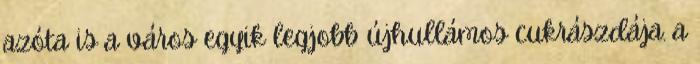
azóta is a város egyik legjobb újhullámos cukrászdája. a